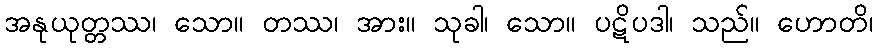
အနုယုတ္တဿ၊ သော။ တဿ၊ အား။ သုခါ၊ သော။ ပဋိပဒါ၊ သည်။ ဟောတိ၊